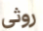
روثي